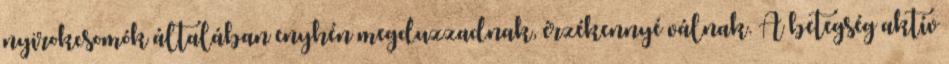
nyirokcsomók általában enyhén megduzzadnak, érzékennyé válnak. A betegség aktív